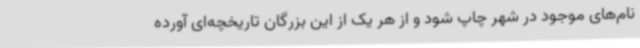
نام‌های موجود در شهر چاپ شود و از هر یک از این بزرگان تاریخچه‌ای آورده